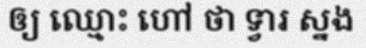
ឲ្យ ឈ្មោះ ហៅ ថា ទ្វារ ស្នង